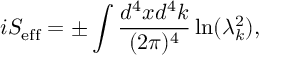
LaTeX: i S _ { \mathrm { e f f } } = \pm \int { \frac { d ^ { 4 } x d ^ { 4 } k } { ( 2 \pi ) ^ { 4 } } } \ln ( \lambda _ { k } ^ { 2 } ) ,